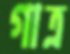
গাত্র